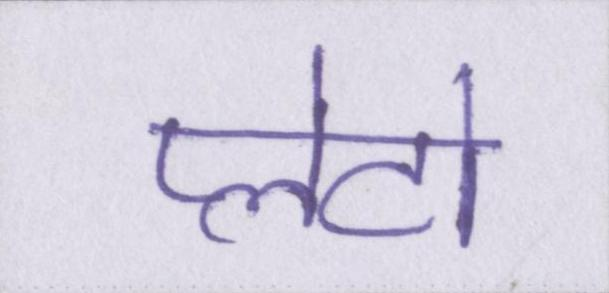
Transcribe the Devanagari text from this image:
प्लेटो